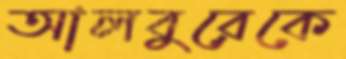
আলবুরেকে